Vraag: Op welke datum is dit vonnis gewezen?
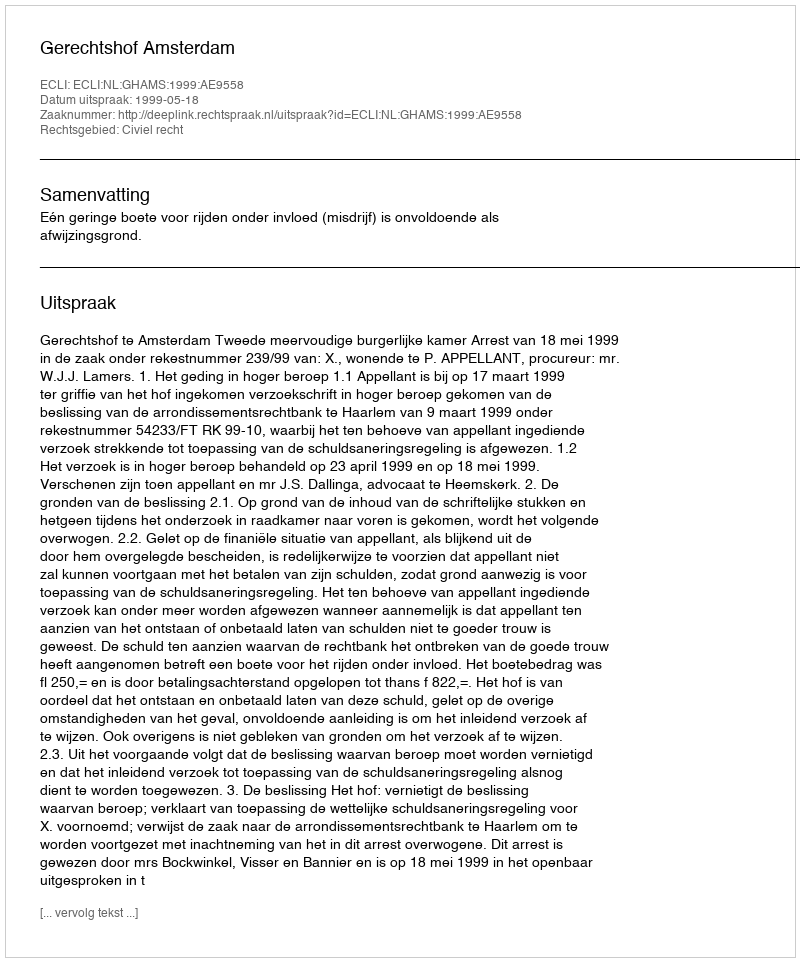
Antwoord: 1999-05-18